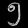
Digit: ၅